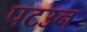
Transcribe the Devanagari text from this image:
पटउन